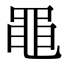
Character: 黽